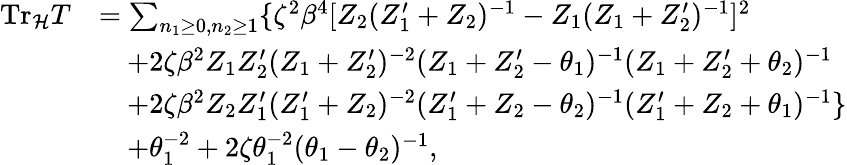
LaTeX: \begin{array}{rl}{{\mathrm{Tr}_{\cal H}T}}&{{=\sum_{n_{1}\geq 0,n_{2}\geq 1}\{ \zeta^{2}\beta^{4}[Z_{2}(Z_{1}^{\prime}+Z_{2})^{-1}-Z_{1}(Z_{1}+Z_{2}^{\prime})^{-1}]^{2}}}\\ {{}}&{{\quad+2\zeta\beta^{2}Z_{1}Z_{2}^{\prime}(Z_{1}+Z_{2}^{\prime})^{-2}(Z_{1}+Z_{2}^{\prime}-\theta_{1})^{-1}(Z_{1}+Z_{2}^{\prime}+\theta_{2})^{-1}}}\\ {{}}&{{\quad+2\zeta\beta^{2}Z_{2}Z_{1}^{\prime}(Z_{1}^{\prime}+Z_{2})^{-2}(Z_{1}^{\prime}+Z_{2}-\theta_{2})^{-1}(Z_{1}^{\prime}+Z_{2}+\theta_{1})^{-1}\} }}\\ {{}}&{{\quad+\theta_{1}^{-2}+2\zeta\theta_{1}^{-2}(\theta_{1}-\theta_{2})^{-1},}}\end{array}